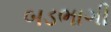
બડભાગી